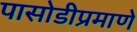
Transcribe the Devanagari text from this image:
पासोडीप्रमाणे